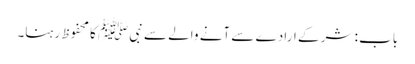
باب : شر کے ارادے سے آنے والے سے نبیﷺ کا محفوظ رہنا۔